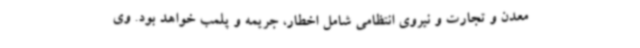
معدن و تجارت و نیروی انتظامی شامل اخطار، جریمه و پلمب خواهد بود. وی